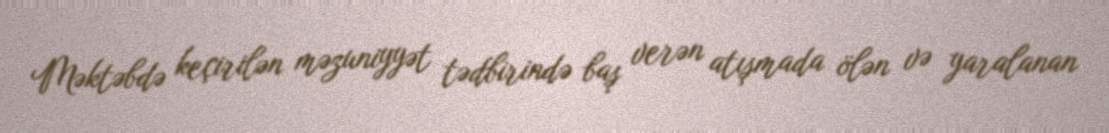
Məktəbdə keçirilən məzuniyyət tədbirində baş verən atışmada ölən və yaralanan